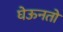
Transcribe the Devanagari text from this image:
घेऊनतो